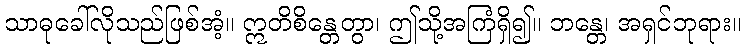
သာဓုခေါ်လိုသည်ဖြစ်အံ့။ ဣတိစိန္တေတွာ၊ ဤသို့အကြံရှိ၍။ ဘန္တေ၊ အရှင်ဘုရား။